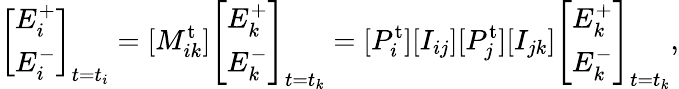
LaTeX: \left[\begin{array}{l}{E_{i}^{+}}\\ {E_{i}^{-}}\end{array}\right]_{t=t_{i}}=[M_{ik}^{\mathrm{t}}]\left[\begin{array}{l}{E_{k}^{+}}\\ {E_{k}^{-}}\end{array}\right]_{t=t_{k}}=[P_{i}^{\mathrm{t}}][I_{ij}][P_{j}^{\mathrm{t}}][I_{jk}]\left[\begin{array}{l}{E_{k}^{+}}\\ {E_{k}^{-}}\end{array}\right]_{t=t_{k}},